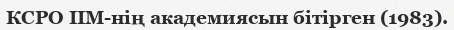
КСРО ІІМ-нің академиясын бітірген (1983).